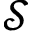
\mathcal { S }